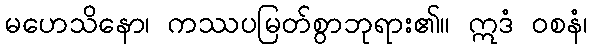
မဟေသိနော၊ ကဿပမြတ်စွာဘုရား၏။ ဣဒံ ဝစနံ၊